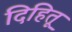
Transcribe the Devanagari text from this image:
दिहितू